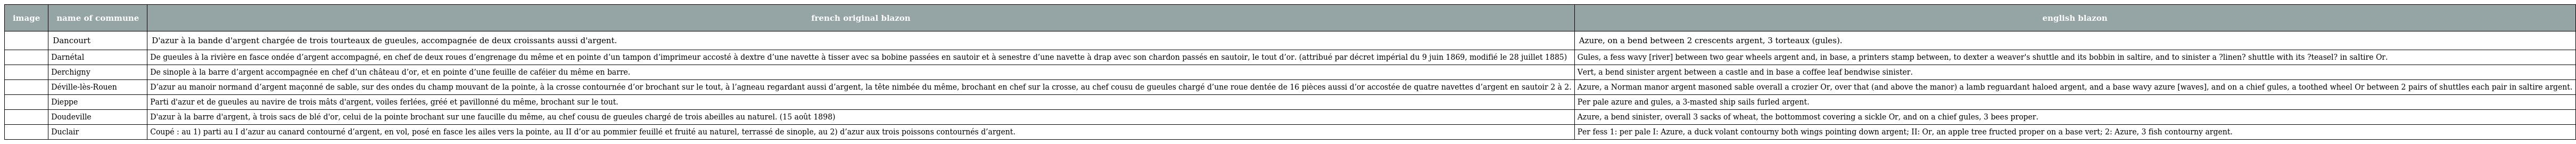
| image | name of commune | french original blazon | english blazon |
 | --- | --- | --- | --- |
 |  | Dancourt | D'azur à la bande d'argent chargée de trois tourteaux de gueules, accompagnée de deux croissants aussi d'argent. | Azure, on a bend between 2 crescents argent, 3 torteaux (gules). |
 |  | Darnétal | De gueules à la rivière en fasce ondée d’argent accompagné, en chef de deux roues d’engrenage du même et en pointe d’un tampon d’imprimeur accosté à dextre d’une navette à tisser avec sa bobine passées en sautoir et à senestre d’une navette à drap avec son chardon passés en sautoir, le tout d’or. (attribué par décret impérial du 9 juin 1869, modifié le 28 juillet 1885) | Gules, a fess wavy [river] between two gear wheels argent and, in base, a printers stamp between, to dexter a weaver's shuttle and its bobbin in saltire, and to sinister a ?linen? shuttle with its ?teasel? in saltire Or. |
 |  | Derchigny | De sinople à la barre d’argent accompagnée en chef d’un château d’or, et en pointe d’une feuille de caféier du même en barre. | Vert, a bend sinister argent between a castle and in base a coffee leaf bendwise sinister. |
 |  | Déville-lès-Rouen | D’azur au manoir normand d’argent maçonné de sable, sur des ondes du champ mouvant de la pointe, à la crosse contournée d’or brochant sur le tout, à l’agneau regardant aussi d’argent, la tête nimbée du même, brochant en chef sur la crosse, au chef cousu de gueules chargé d’une roue dentée de 16 pièces aussi d’or accostée de quatre navettes d’argent en sautoir 2 à 2. | Azure, a Norman manor argent masoned sable overall a crozier Or, over that (and above the manor) a lamb reguardant haloed argent, and a base wavy azure [waves], and on a chief gules, a toothed wheel Or between 2 pairs of shuttles each pair in saltire argent. |
 |  | Dieppe | Parti d'azur et de gueules au navire de trois mâts d'argent, voiles ferlées, gréé et pavillonné du même, brochant sur le tout. | Per pale azure and gules, a 3-masted ship sails furled argent. |
 |  | Doudeville | D'azur à la barre d'argent, à trois sacs de blé d'or, celui de la pointe brochant sur une faucille du même, au chef cousu de gueules chargé de trois abeilles au naturel. (15 août 1898) | Azure, a bend sinister, overall 3 sacks of wheat, the bottommost covering a sickle Or, and on a chief gules, 3 bees proper. |
 |  | Duclair | Coupé : au 1) parti au I d’azur au canard contourné d’argent, en vol, posé en fasce les ailes vers la pointe, au II d’or au pommier feuillé et fruité au naturel, terrassé de sinople, au 2) d’azur aux trois poissons contournés d’argent. | Per fess 1: per pale I: Azure, a duck volant contourny both wings pointing down argent; II: Or, an apple tree fructed proper on a base vert; 2: Azure, 3 fish contourny argent. |